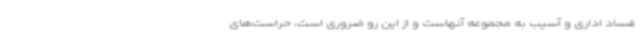
فساد اداری و آسیب به مجموعه آنهاست و از این رو ضروری است، حراست‌های